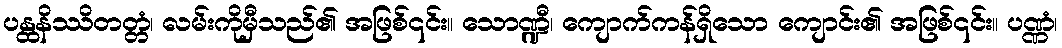
ပန္ထနိဿိတတ္တံ၊ လမ်းကိုမှီသည်၏ အဖြစ်၎င်း။ သောဏ္ဍီ၊ ကျောက်ကန်ရှိသော ကျောင်း၏ အဖြစ်၎င်း။ ပဏ္ဏံ၊